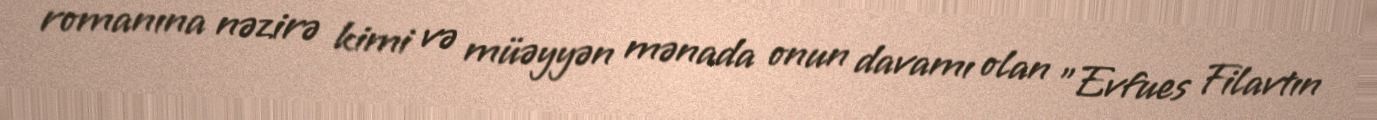
romanına nəzirə kimi və müəyyən mənada onun davamı olan "Evfues Filavtın